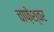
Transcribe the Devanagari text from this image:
चाफ़ेश्वर